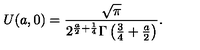
U ( a , 0 ) = \frac { \sqrt { \pi } } { 2 ^ { \frac { a } { 2 } + \frac { 1 } { 4 } } \Gamma \left( \frac { 3 } { 4 } + \frac { a } { 2 } \right) } .